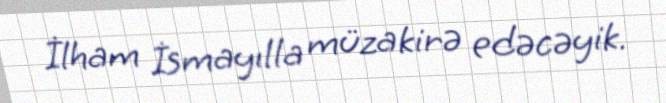
İlham İsmayılla müzakirə edəcəyik.